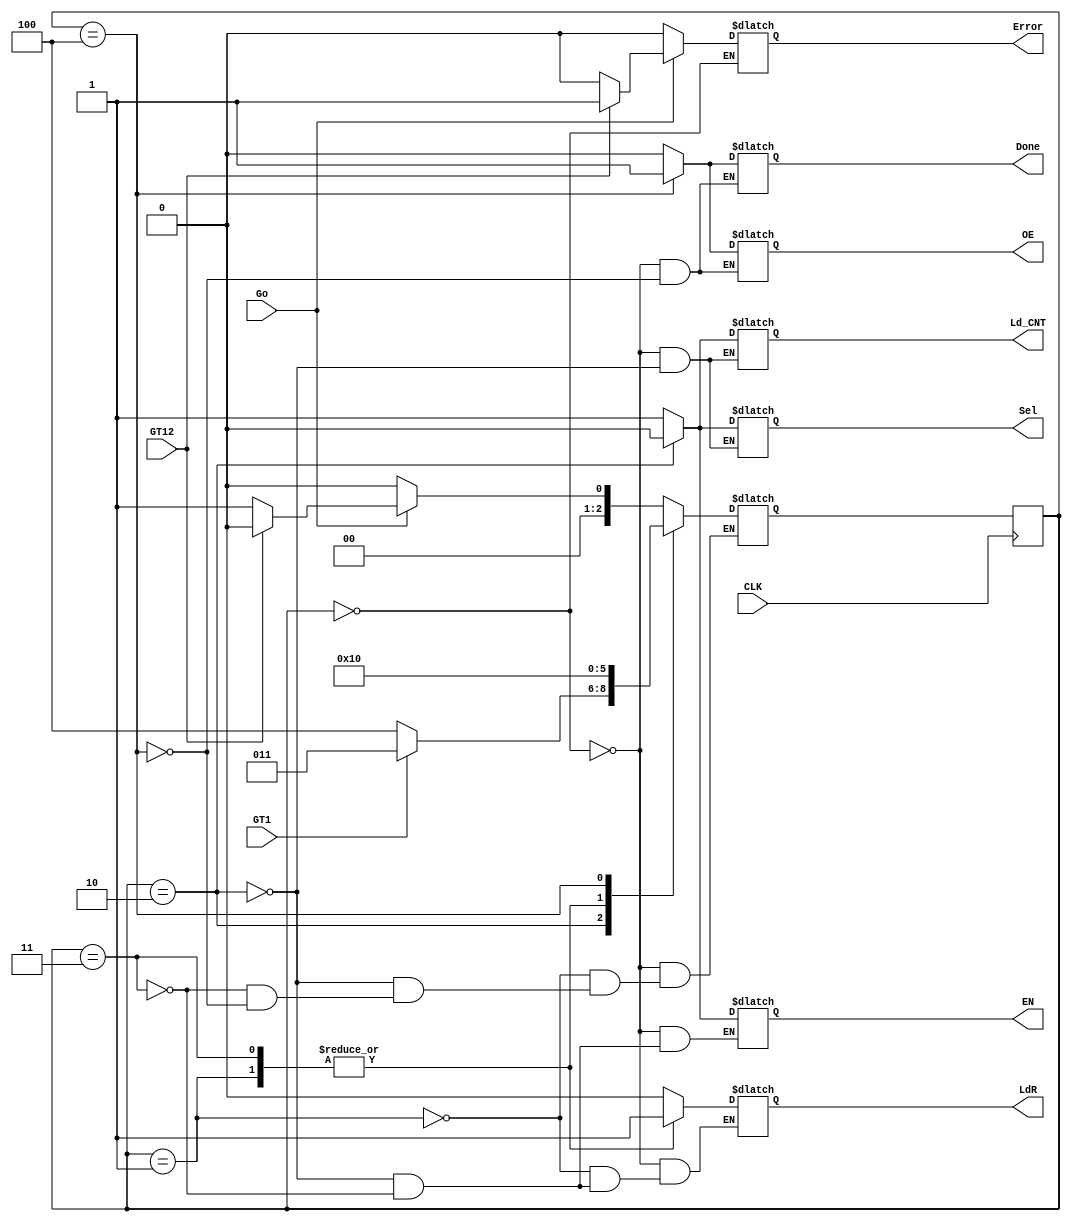
`timescale 1ns / 1ps

module CU_Factorial(
    input CLK,
    input GT12,
    input GT1,
    output reg OE,
    output reg Ld_CNT,
    output reg Sel,
    output reg EN,
    output reg LdR,
    output reg Done,
    output reg Error,
    input Go
    );
reg[2:0] STATE;
reg[2:0] N_STATE;
parameter S0=0, S1=1, S2=2, S3=3, S4=4;

always @(posedge CLK)begin
STATE<=N_STATE;
end
always @(*) begin
case(STATE)
S0: 
    begin
    OE =0; Ld_CNT=1;Sel=1;
    EN=1; LdR=0; Error = 0;
    Done=0;
    if(Go==0) N_STATE <= S0;
    else
    if(GT12==1) 
    begin N_STATE <= S0; 
    Error = 1; end
    else
    N_STATE<=S1;
    end
S1:
    begin
    LdR=1;
    N_STATE<=S2;
    end
S2:
    begin
    Ld_CNT=0;Sel=0;
    EN=0; LdR=0;
    if(GT1==1)N_STATE<=S3;
    else N_STATE<=S4;
    end
S3:
    begin
    EN=1; LdR=1;
    N_STATE<=S2;
    end
S4:
    begin
     Done=1; OE=1;
     N_STATE<=S0;
     end
endcase
end
endmodule